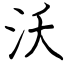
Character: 沃